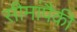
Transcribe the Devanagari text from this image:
सीमांपैकी